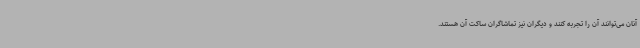
آنان می‌توانند آن را تجربه کنند و دیگران نیز تماشاگران ساکت آن هستند.